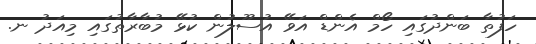
ހަފުތާ ބަންދުގައި ހޯމް އެންޑް އަވޭ އުސޫލުން ކުޅޭ މުބާރާތުގައި މިއަދު ނ.